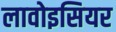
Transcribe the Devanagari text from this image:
लावोइसियर